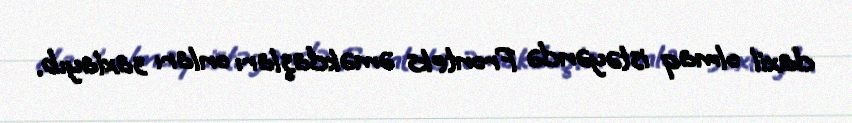
daxil olmaq istəyəndə Fronteks əməkdaşları onları saxlayıb.